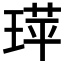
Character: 𬍷